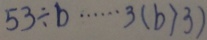
5 3 \div b \cdots 3 ( b > 3 )